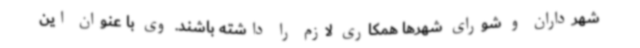
شهرداران و شورای شهرها همکاری لازم را داشته باشند. وی با عنوان این